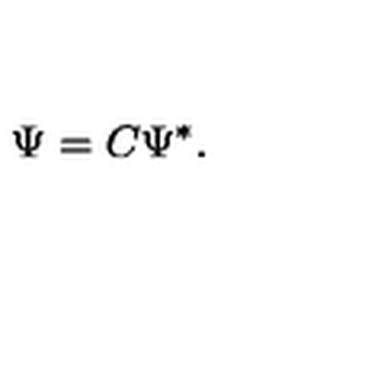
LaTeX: \Psi = { C } \Psi ^ { \ast } .